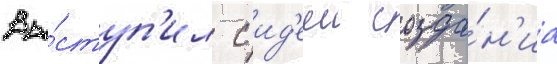
Вы́ступ'ил с ид'ееи созда́н'иа